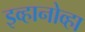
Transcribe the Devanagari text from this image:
इव्हानोव्हा